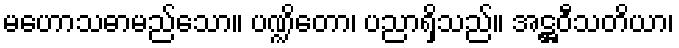
မဟောသဓာမည်သော။ ပဏ္ဍိတော၊ ပညာရှိသည်။ အဋ္ဌဝီသတိယာ၊